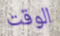
الوقت